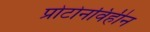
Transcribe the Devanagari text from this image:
प्रोटोनविहीन